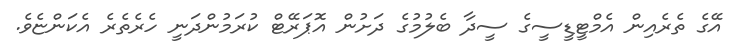
އޭގެ ތެރެއިން އެމްޓީޑީސީގެ ސީދާ ބެލުމުގެ ދަށުން އޮޕަރޭޓް ކުރަމުންދަނީ ހެރެތެރެ އެކަންޏެވެ.